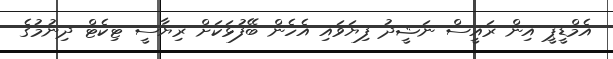
އެމްޑީޕީ އިން ރައީސް ނަޝީދު ފިޔަވައި އެހެން ބޭފުޅަކަށް ރިޔާސީ ޓިކެޓް ދިނުމުގެ